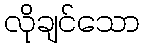
လိုချင်သော